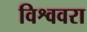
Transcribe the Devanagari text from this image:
विश्ववरा